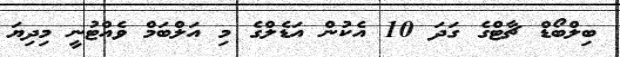
ބިލްބޯޑް ޗާޓްގެ ގަދަ 10 އެކުން އަޑެލްގެ މި އަލްބަމް ވެއްޓުނީ މިދިޔަ